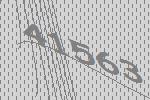
41563